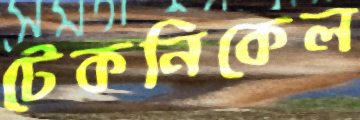
টেকনিকেল